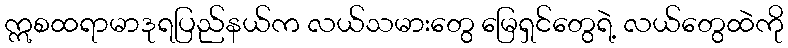
ဣစထရာမာဒုရပြည်နယ်က လယ်သမားတွေ မြေရှင်တွေရဲ့ လယ်တွေထဲကို